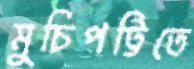
মুচিপট্টিতে